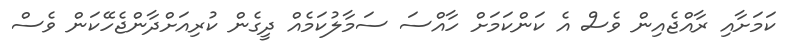
ކަމަށާއި ރާއްޖެއިން ވެސް އެ ކަންކަމަށް ހާއްސަ ސަމާލުކަމެއް ދީގެން ކުރިއަށްދާންޖެހޭކަން ވެސް